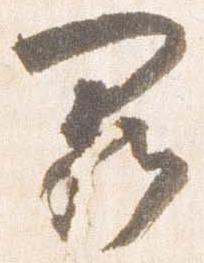
闕